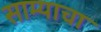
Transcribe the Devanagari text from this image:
साम्याचा